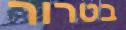
בטרור